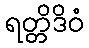
ရတ္တိဒိဝံ